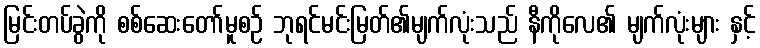
မြင်းတပ်ခွဲကို စစ်ဆေးတော်မူစဉ် ဘုရင်မင်းမြတ်၏မျက်လုံးသည် နီကိုလေ၏ မျက်လုံးများ နှင့်